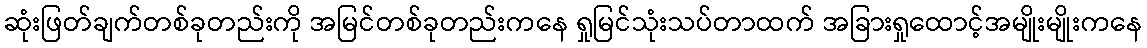
ဆုံးဖြတ်ချက်တစ်ခုတည်းကို အမြင်တစ်ခုတည်းကနေ ရှုမြင်သုံးသပ်တာထက် အခြားရှုထောင့်အမျိုးမျိုးကနေ